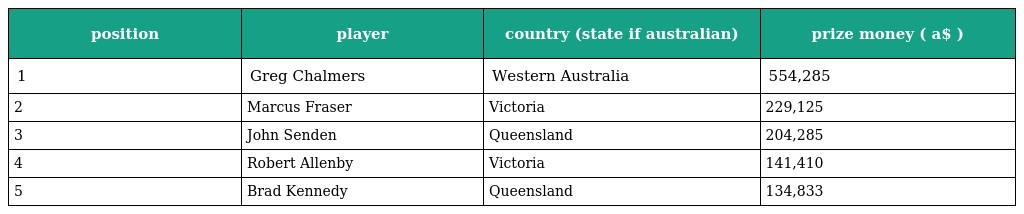
| position | player | country (state if australian) | prize money ( a$ ) |
 | --- | --- | --- | --- |
 | 1 | Greg Chalmers | Western Australia | 554,285 |
 | 2 | Marcus Fraser | Victoria | 229,125 |
 | 3 | John Senden | Queensland | 204,285 |
 | 4 | Robert Allenby | Victoria | 141,410 |
 | 5 | Brad Kennedy | Queensland | 134,833 |